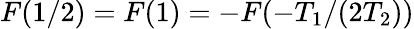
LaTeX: F(1/2)=F(1)=-F(-T_{1}/(2T_{2}))